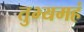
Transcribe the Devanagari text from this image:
तुभ्यमहं